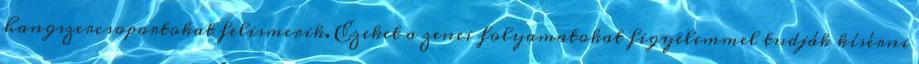
hangszercsoportokat felismerik. Ezeket a zenei folyamatokat figyelemmel tudják kísérni